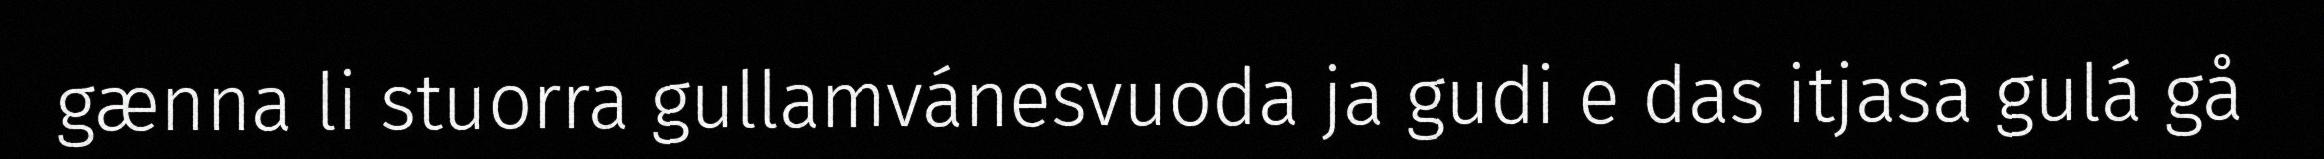
gænna li stuorra gullamvánesvuoda ja gudi e das itjasa gulá gå